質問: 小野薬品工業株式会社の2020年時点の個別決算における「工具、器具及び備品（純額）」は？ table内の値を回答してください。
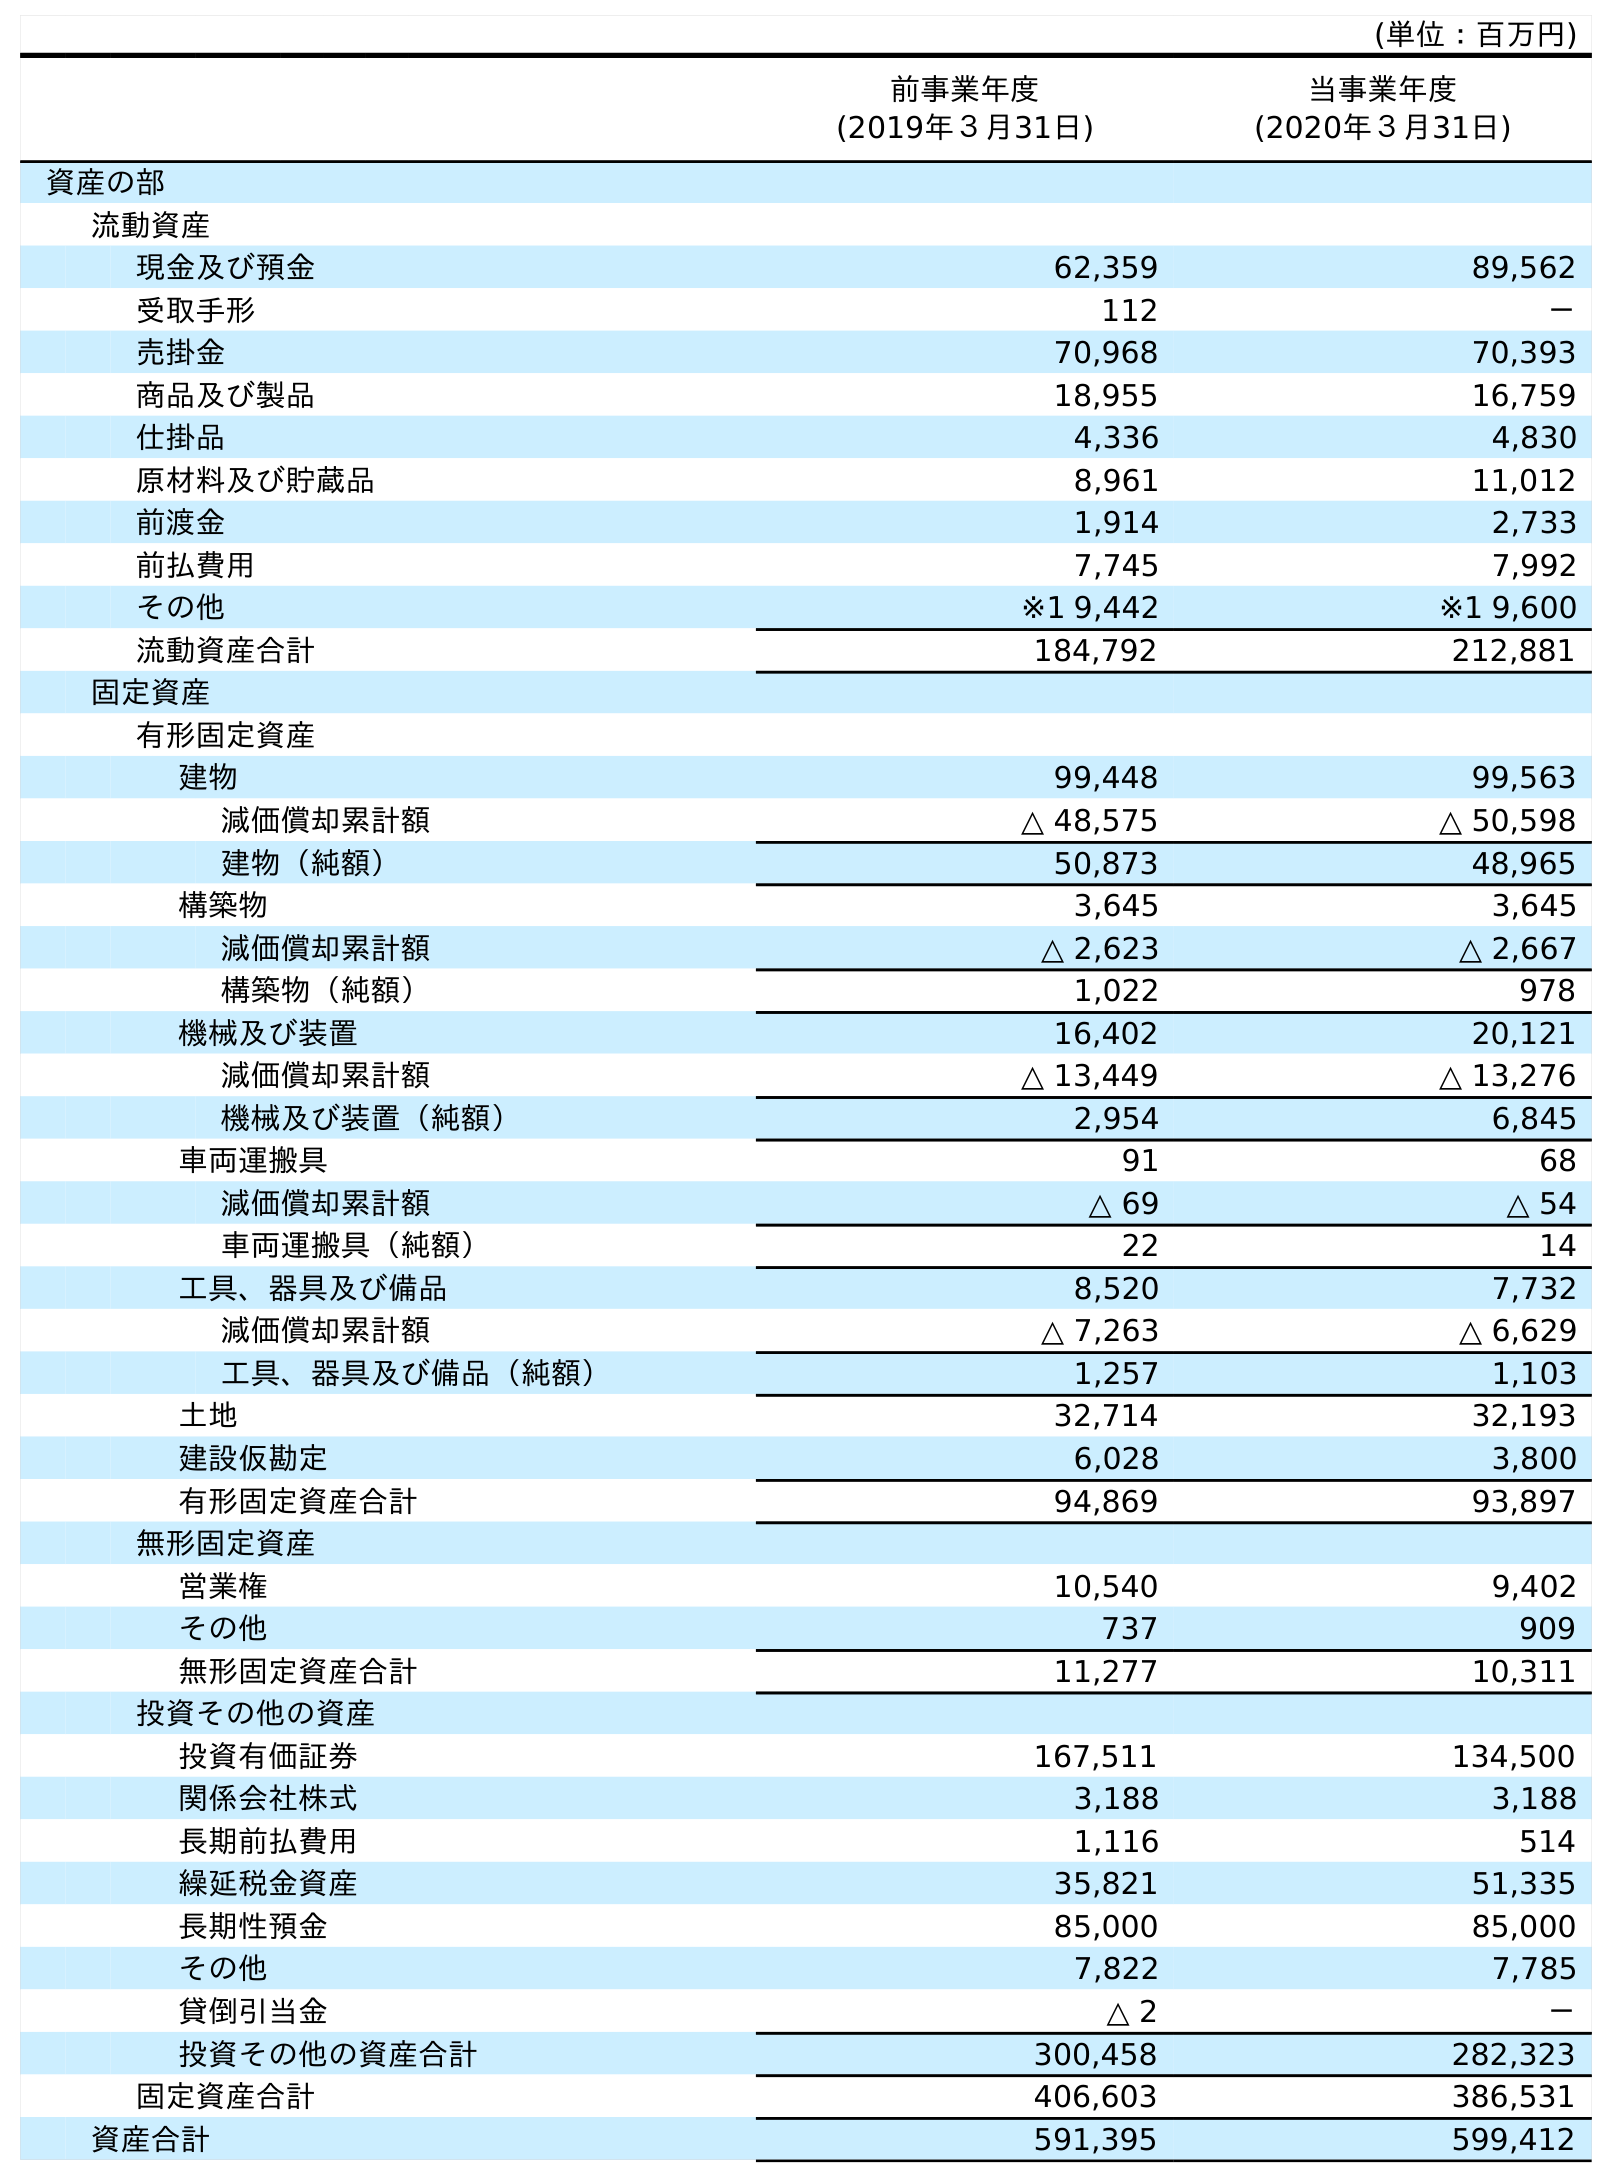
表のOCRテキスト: (単位：百万円) 前事業年度 (2019年３月31日) 当事業年度 (2020年３月31日) 資産の部 流動資産 現金及び預金 62,359 89,562 受取手形 112 － 売掛金 70,968 70,393 商品及び製品 18,955 16,759 仕掛品 4,336 4,830 原材料及び貯蔵品 8,961 11,012 前渡金 1,914 2,733 前払費用 7,745 7,992 その他 ※1 9,442 ※1 9,600 流動資産合計 184,792 212,881 固定資産 有形固定資産 建物 99,448 99,563 減価償却累計額 △ 48,575 △ 50,598 建物（純額） 50,873 48,965 構築物 3,645 3,645 減価償却累計額 △ 2,623 △ 2,667 構築物（純額） 1,022 978 機械及び装置 16,402 20,121 減価償却累計額 △ 13,449 △ 13,276 機械及び装置（純額） 2,954 6,845 車両運搬具 91 68 減価償却累計額 △ 69 △ 54 車両運搬具（純額） 22 14 工具、器具及び備品 8,520 7,732 減価償却累計額 △ 7,263 △ 6,629 工具、器具及び備品（純額） 1,257 1,103 土地 32,714 32,193 建設仮勘定 6,028 3,800 有形固定資産合計 94,869 93,897 無形固定資産 営業権 10,540 9,402 その他 737 909 無形固定資産合計 11,277 10,311 投資その他の資産 投資有価証券 167,511 134,500 関係会社株式 3,188 3,188 長期前払費用 1,116 514 繰延税金資産 35,821 51,335 長期性預金 85,000 85,000 その他 7,822 7,785 貸倒引当金 △ 2 － 投資その他の資産合計 300,458 282,323 固定資産合計 406,603 386,531 資産合計 591,395 599,412
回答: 1,103